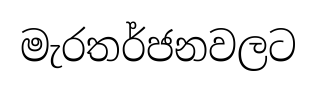
මැරතර්ජනවලට